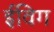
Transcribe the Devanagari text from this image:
ईविग